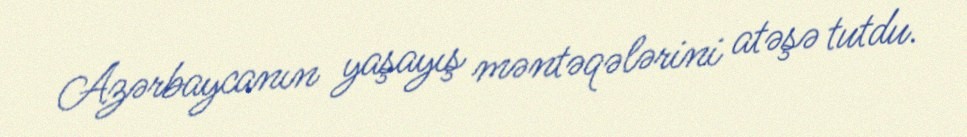
Azərbaycanın yaşayış məntəqələrini atəşə tutdu.